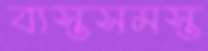
ব্যস্তসমস্ত